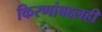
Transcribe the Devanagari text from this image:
किरणांबद्दलही